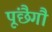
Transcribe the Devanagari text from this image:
पूंछैगौ